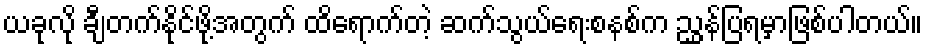
ယခုလို ချီတက်နိုင်ဖို့အတွက် ထိရောက်တဲ့ ဆက်သွယ်ရေးစနစ်က ညွှန်ပြရမှာဖြစ်ပါတယ်။